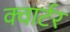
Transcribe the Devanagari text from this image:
क्‍वार्टर